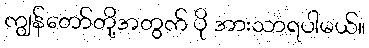
ကျွန်တော်တို့အတွက် ပို အားသာရပါမယ်။